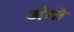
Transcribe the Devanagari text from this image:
जँगो